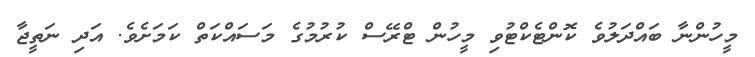
މީހުންނާ ބައްދަލުވެ ކޮންްޓެކްޓުވި މީހުން ޓްރޭސް ކުރުމުގެ މަސައްކަތް ކަމަށެވެ. އަދި ނަތީޖާ